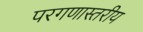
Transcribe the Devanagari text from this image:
परगणास्तरीय